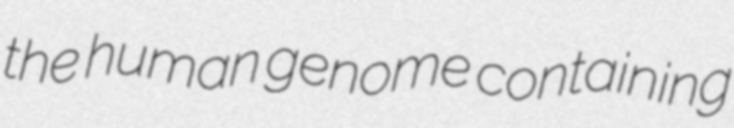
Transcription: the human genome containing